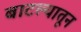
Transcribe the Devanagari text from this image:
बाटल्यातून